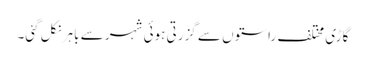
گاڑی مختلف راستوں سے گزرتی ہوئی شہر سے باہر نکل گئی۔